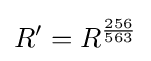
R'=R^{\frac {256}{563}}